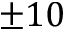
\pm 1 0